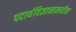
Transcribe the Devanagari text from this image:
पदार्थविज्ञानामधील